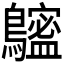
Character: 𪆮